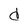
Character: d